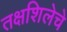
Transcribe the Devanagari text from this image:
तक्षशिलेचे